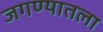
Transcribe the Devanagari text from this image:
जगण्यातला